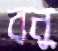
রনু